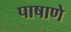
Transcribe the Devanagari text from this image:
पाषाणे